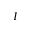
I